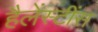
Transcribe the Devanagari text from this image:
हैलेंस्टींस